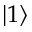
\lvert 1 \rangle